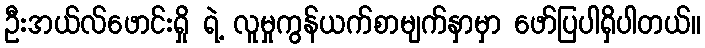
ဦးအယ်လ်ဖောင်းရှို ရဲ့ လူမှုကွန်ယက်စာမျက်နှာမှာ ဖော်ပြပါရှိပါတယ်။